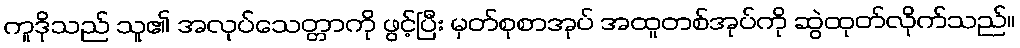
ကူဒိုသည် သူ၏ အလုပ်သေတ္တာကို ဖွင့်ပြီး မှတ်စုစာအုပ် အထူတစ်အုပ်ကို ဆွဲထုတ်လိုက်သည်။